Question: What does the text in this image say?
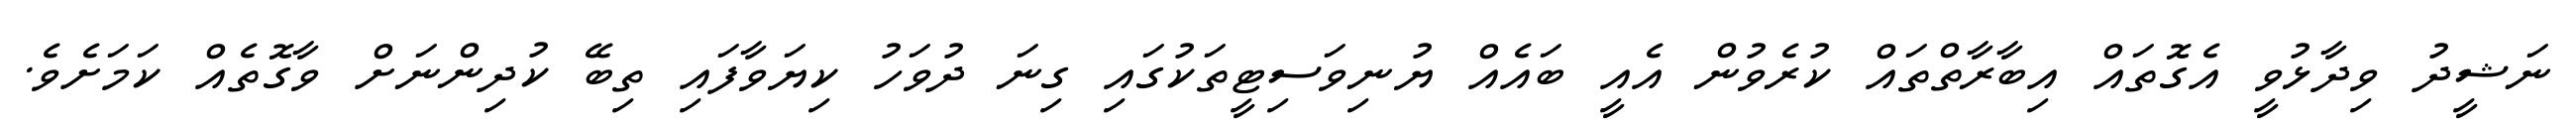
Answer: ނަޝީދު ވިދާޅުވީ އެގޮތައް އިބާރާތްތައް ކުރެވުން އެއީ ބައެއް ޔުނިވަސިޓީތަކުގައި ގިނަ ދުވަހު ކިޔަވާފައި ތިބޭ ކުދިންނަށް ވާގޮތެއް ކަމަށެވެ.